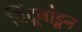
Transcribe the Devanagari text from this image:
बिंदूजोडून